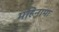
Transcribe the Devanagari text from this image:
महिनामा